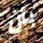
بأن